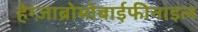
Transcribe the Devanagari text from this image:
हेग्ज़ाब्रोमोबाईफीनाइल